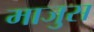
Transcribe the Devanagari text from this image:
माजुस